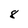
Character: 8